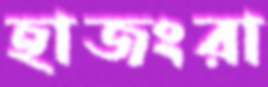
হাজংরা